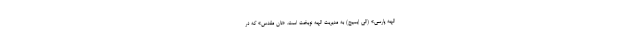
الهه پارسی» (الی ایمیج) به مدیریت الهه نوبخت است. «نان مقدس» که در